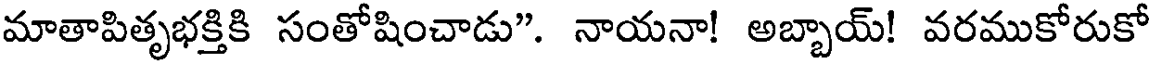
మాతాపితృభక్తికి సంతోషించాడు". నాయనా! అబ్బాయ్! వరముకోరుకో